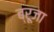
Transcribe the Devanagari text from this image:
ब्रूजा